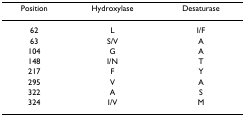
<table><thead><tr><td><b>Position</b></td><td><b>Hydroxylase</b></td><td><b>Desaturase</b></td></tr></thead><tbody><tr><td>62</td><td>L</td><td>I/F</td></tr><tr><td>63</td><td>S/V</td><td>A</td></tr><tr><td>104</td><td>G</td><td>A</td></tr><tr><td>148</td><td>I/N</td><td>T</td></tr><tr><td>217</td><td>F</td><td>Y</td></tr><tr><td>295</td><td>V</td><td>A</td></tr><tr><td>322</td><td>A</td><td>S</td></tr><tr><td>324</td><td>I/V</td><td>M</td></tr></tbody></table>